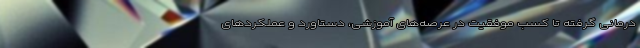
درمانی گرفته تا کسب موفقیت در عرصه‌های آموزشی، دستاورد و عملکردهای